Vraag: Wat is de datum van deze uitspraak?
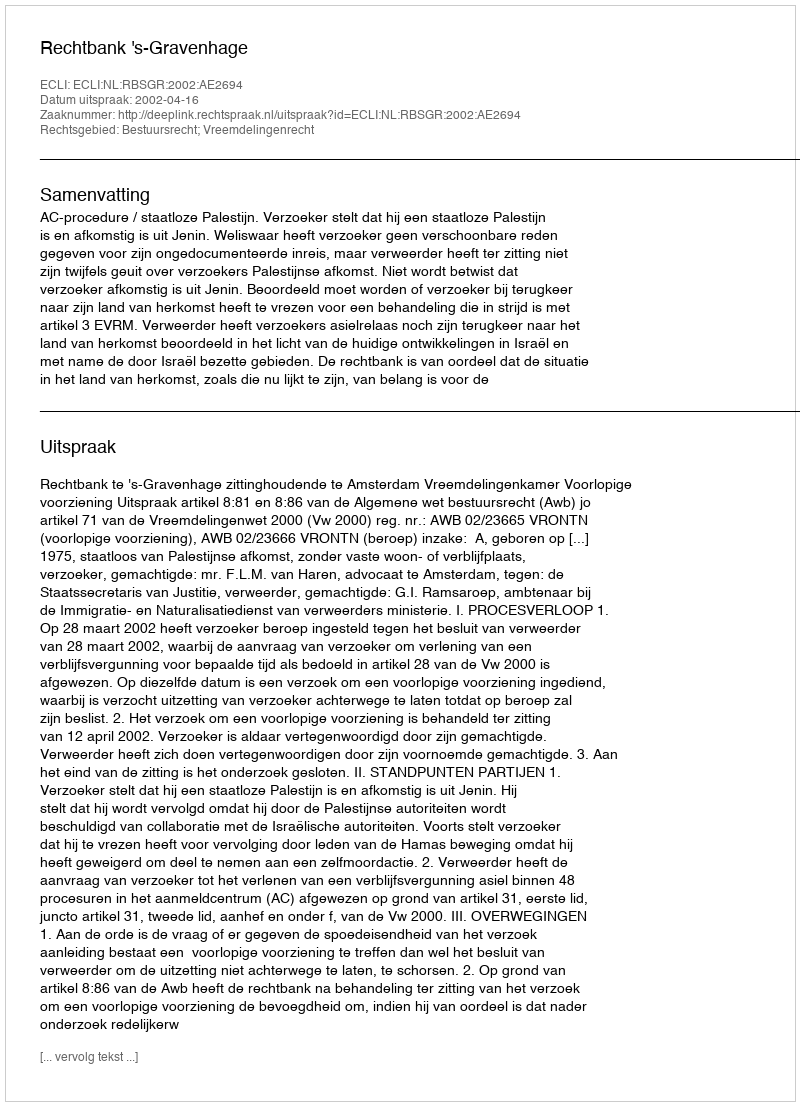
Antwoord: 2002-04-16